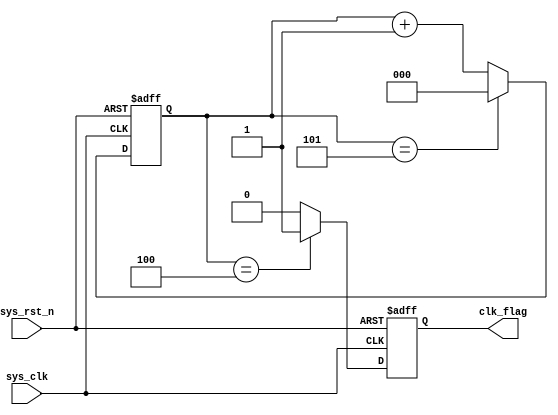
module divider_six
(
input wire sys_clk , //50MHz
input wire sys_rst_n , //

output reg clk_flag //6

);

reg [2:0] cnt; //

//cnt:05
always@(posedge sys_clk or negedge sys_rst_n)
if(sys_rst_n == 1'b0)
cnt <= 3'b0;
else if(cnt == 3'd5)
cnt <= 3'b0;
else
cnt <= cnt + 1'b1;

//clk_flag:6
always@(posedge sys_clk or negedge sys_rst_n)
if(sys_rst_n == 1'b0)
clk_flag <= 1'b0;
else if(cnt == 3'd4)
clk_flag <= 1'b1;
else
clk_flag <= 1'b0;

endmodule